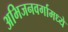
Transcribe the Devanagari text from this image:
अभिजनवर्गामध्ये